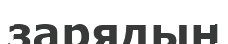
зарядын